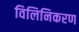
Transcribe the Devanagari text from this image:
विलिनिकरण